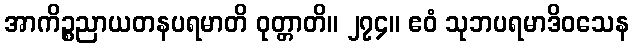
အာကိဉ္စညာယတနပရမာတိ ဝုတ္တာတိ။ ၂၇၄။ ဧဝံ သုဘပရမာဒိဝသေန